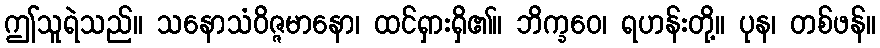
ဤသူရဲသည်။ သနောသံဝိဇ္ဇမာနော၊ ထင်ရှားရှိ၏။ ဘိက္ခဝေ၊ ရဟန်းတို့။ ပုန၊ တစ်ဖန်။